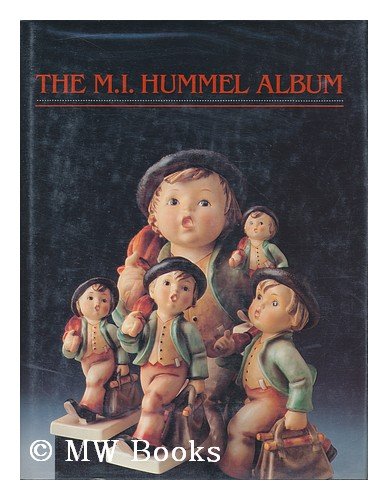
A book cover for The M. I. Hummel Album; Robert Crowe; Arts & Photography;